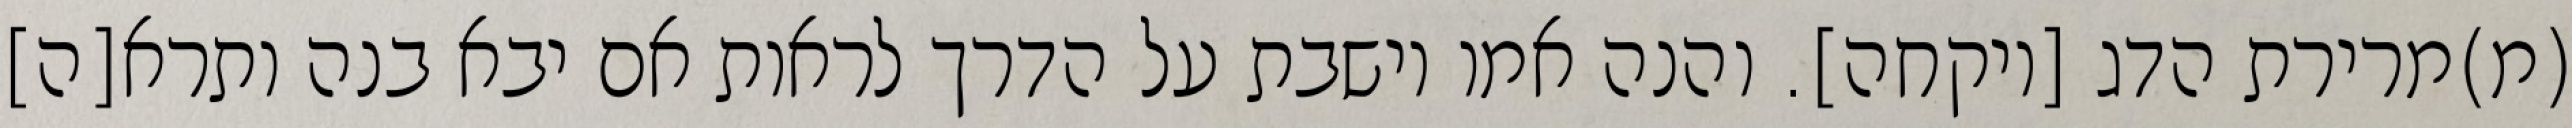
(מ)מרירת הדג [ויקחה]. והנה אמו יושבת על הדרך לראות אם יבא בנה ותרא[ה]